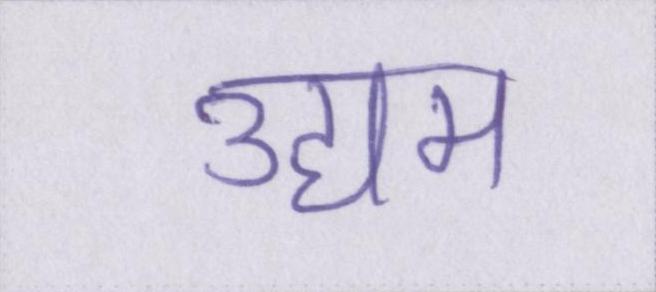
उद्यम